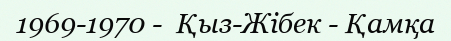
1969-1970 -  Қыз-Жібек - Қамқа